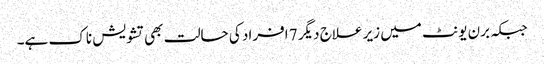
جبکہ برن یونٹ میں زیر علاج دیگر 7 افراد کی حالت بھی تشویش ناک ہے۔